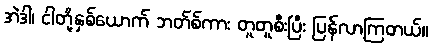
အဲဒါ၊ ငါတို့နှစ်ယောက် ဘတ်စ်ကား တူတူစီးပြီး ပြန်လာကြတယ်။